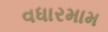
વધારમામ